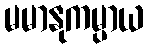
မမာနုကမ္ပာယ